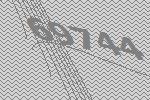
69744